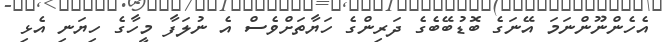
އެހެންނޫންނަމަ އޭނަގެ ބޮޑުބޭބެގެ ދަރިންގެ ހަޔާތަށްވެސް އެ ނުލަފާ މީހާގެ ހިޔަނި އެޅި